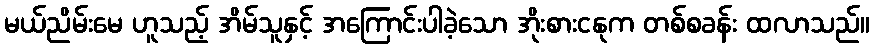
မယ်ညိမ်းမေ ဟူသည့် အိမ်သူနှင့် အကြောင်းပါခဲ့သော အိုးစားငနုက တစ်စခန်း ထလာသည်။